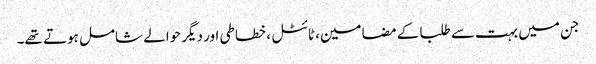
جن میں بہت سے طلبا کے مضامین، ٹائٹل ، خطاطی اور دیگر حوالے شامل ہوتے تھے۔